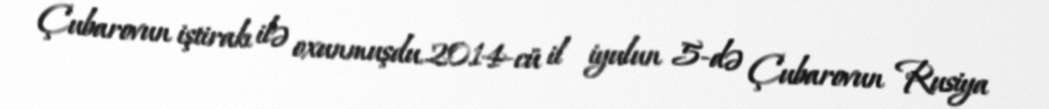
Çubarovun iştirakı ilə oxunmuşdu.2014-cü il iyulun 5-də Çubarovun Rusiya